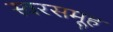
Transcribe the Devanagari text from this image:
स्वरसमूह